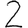
Digit: 2